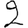
Digit: 2